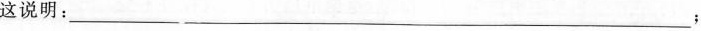
这说明：___；